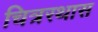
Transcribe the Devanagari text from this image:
चित्ररथास